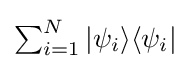
{\textstyle \sum _{i=1}^{N}|\psi _{i}\rangle \langle \psi _{i}|}